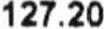
127.20